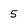
Character: 5